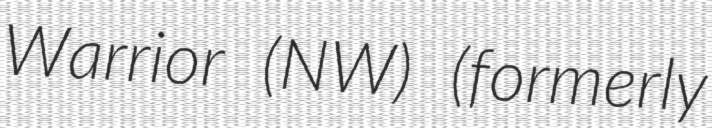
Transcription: Warrior (NW) (formerly